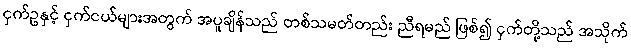
ငှက်ဥနှင့် ငှက်ငယ်များအတွက် အပူချိန်သည် တစ်သမတ်တည်း ညီရမည် ဖြစ်၍ ငှက်တို့သည် အသိုက်